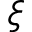
\xi